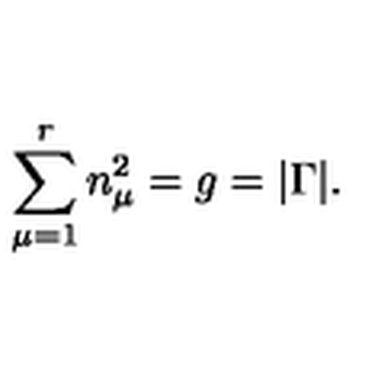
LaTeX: \sum _ { \mu = 1 } ^ { r } n _ { \mu } ^ { 2 } = g = | \Gamma | .